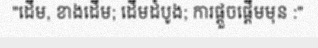
"ដើម, ខាងដើម; ដើមដំបូង; ការផ្តួចផ្តើមមុន :"